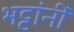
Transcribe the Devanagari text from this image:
भट्टांनीं